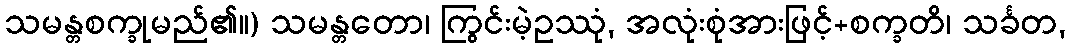
သမန္တစက္ခုမည်၏။) သမန္တတော၊ ကြွင်းမဲ့ဥဿုံ, အလုံးစုံအားဖြင့်+စက္ခတိ၊ သင်္ခတ,